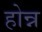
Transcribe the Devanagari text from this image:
होन्न